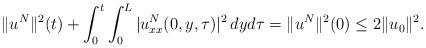
LaTeX: \begin{align*}\|u^N\|^2(t)+\int^t_0\int^L_0 |u^N_{xx}(0,y,\tau)|^2 \,dyd\tau=\|u^N\|^2(0)\leq 2\|u_0\|^2. \end{align*}